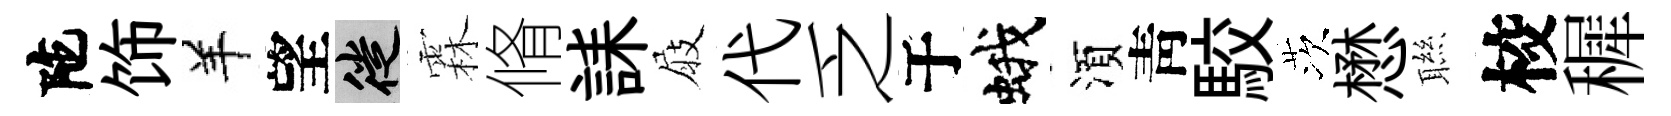
陀饰羊望徙霖脩誄屐代乏于蛾湏靑駮茨懋聮校穉